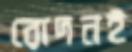
রোদনই